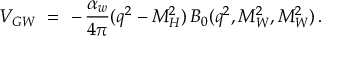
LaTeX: { \cal V } _ { G W } \ = \ - \, \frac { \alpha _ { w } } { 4 \pi } ( q ^ { 2 } - M _ { H } ^ { 2 } ) \, B _ { 0 } ( q ^ { 2 } , M _ { W } ^ { 2 } , M _ { W } ^ { 2 } ) \, .